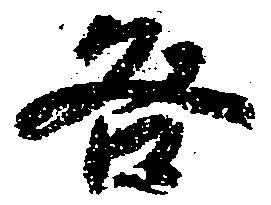
咎